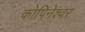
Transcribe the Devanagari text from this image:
कोपिनेश्वर